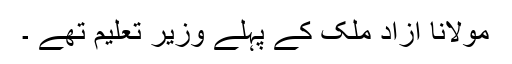
مولانا آزاد ملک کے پہلے وزیر تعلیم تھے ۔